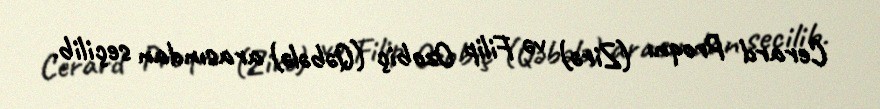
Cerard Proqnı (Zirə) və Filip Ozobiç (Qəbələ) arasından seçilib.